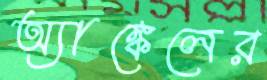
অ্যাঙ্কেলের